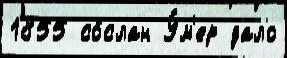
1855 со́слан У́м'ер дало